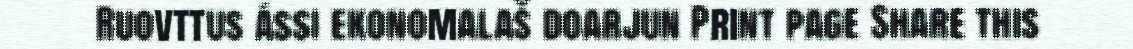
Ruovttus ássi ekonomalaš doarjun Print page Share this